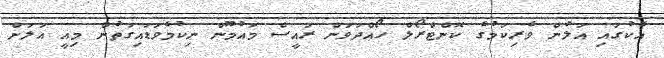
އެކުގައި އަލުން ވެރިކަމުގެ ކޮންޓްރޯލް ހޯއްދަވަން ރައީސް މައުމޫން ނިކުމެވަޑައިގަތުން މިއީ އަލަށް